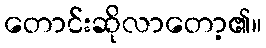
တောင်းဆိုလာတော့၏။